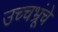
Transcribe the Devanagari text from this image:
उच्चभ्रूंचे